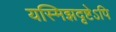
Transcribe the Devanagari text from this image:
यस्मिझदृष्टेऽपि